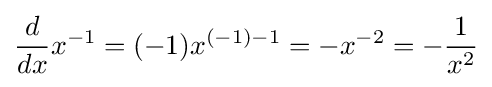
{\frac {d}{dx}}x^{-1}=(-1)x^{(-1)-1}=-x^{-2}=-{\frac {1}{x^{2}}}